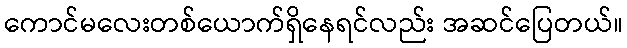
ကောင်မလေးတစ်ယောက်ရှိနေရင်လည်း အဆင်ပြေတယ်။